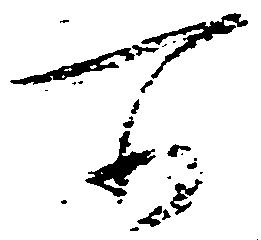
所